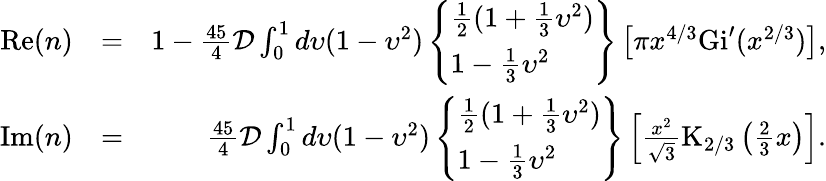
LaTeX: \begin{array}{rlr}{\mathrm{Re}(n)}&{=}&{1-\frac{45}{4}\mathcal{D}\int_{0}^{1}d\upsilon(1-\upsilon^{2})\left\{ \begin{array}{l}{\frac{1}{2}(1+\frac{1}{3}\upsilon^{2})}\\ {1-\frac{1}{3}\upsilon^{2}}\end{array}\right\} \left[\pi x^{4/3}\mathrm{Gi}^{\prime}(x^{2/3})\right],}\\ {\mathrm{Im}(n)}&{=}&{\frac{45}{4}\mathcal{D}\int_{0}^{1}d\upsilon(1-\upsilon^{2})\left\{ \begin{array}{l}{\frac{1}{2}(1+\frac{1}{3}\upsilon^{2})}\\ {1-\frac{1}{3}\upsilon^{2}}\end{array}\right\} \left[\frac{x^{2}}{\sqrt{3}}\mathrm{K}_{2/3}\left(\frac{2}{3}x\right)\right].}\end{array}